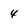
Character: 4